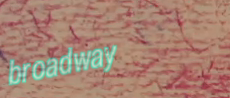
broadway